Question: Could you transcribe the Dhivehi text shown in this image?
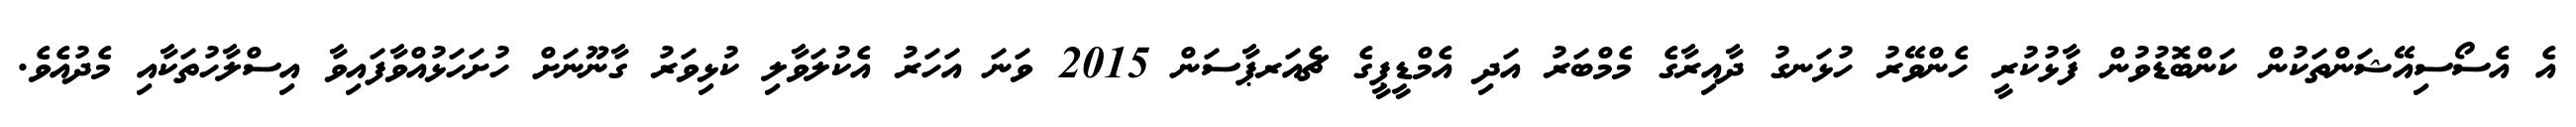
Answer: އެ އެސޯސިއޭޝަންތަކުން ކަންބޮޑުވުން ފާޅުކުރީ ހެންވޭރު ހުޅަނގު ދާއިރާގެ މެމްބަރު އަދި އެމްޑީޕީގެ ޗެއަރޕާސަން 2015 ވަނަ އަހަރު އެކުލަވާލި ކުޅިވަރު ގާނޫނަށް ހުށަހަޅުއްވާފައިވާ އިސްލާހުތަކާއި މެދުއެވެ.